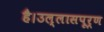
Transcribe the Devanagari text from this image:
है।उल्लासपूर्ण